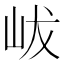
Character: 𡶖